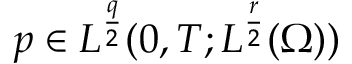
p \in L ^ { \frac { q } { 2 } } ( 0 , T ; L ^ { \frac { r } { 2 } } ( \Omega ) )